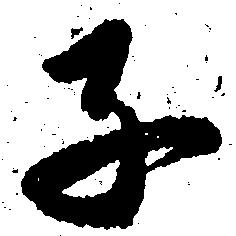
子